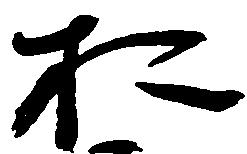
於